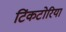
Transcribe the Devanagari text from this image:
टिंकटोरिया